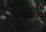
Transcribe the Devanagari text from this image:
ब्रह्मह्रदय